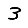
Digit: 3